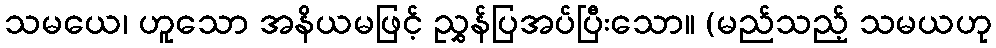
သမယေ၊ ဟူသော အနိယမဖြင့် ညွှန်ပြအပ်ပြီးသော။ (မည်သည့် သမယဟု